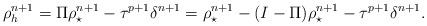
LaTeX: \begin{align*}\begin{aligned}\rho_h^{n+1} = &\; \Pi \rho_\star^{n+1} - \tau^{p+1} \delta^{n+1} = \rho_\star^{n+1} - (I-\Pi) \rho_\star^{n+1} - \tau^{p+1} \delta^{n+1}.\end{aligned}\end{align*}